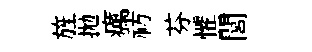
旌拋癘祊芬懼閭